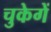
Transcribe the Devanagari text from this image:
चुकेगें